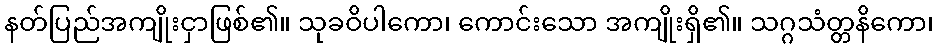
နတ်ပြည်အကျိုးငှာဖြစ်၏။ သုခဝိပါကော၊ ကောင်းသော အကျိုးရှိ၏။ သဂ္ဂသံတ္တနိကော၊